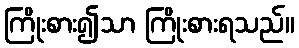
ကြိုးစား၍သာ ကြိုးစားရသည်။